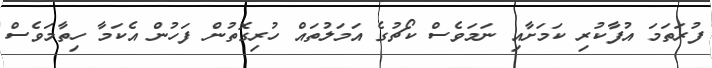
ފުރަތަމަ އުފާކުރި ކަމަށާއި ނަމަވެސް ކޯޗުގެ އަމަލުތައް ހުރިގޮތުން ފަހުން އެކަމާ ހިތާމަވެސް